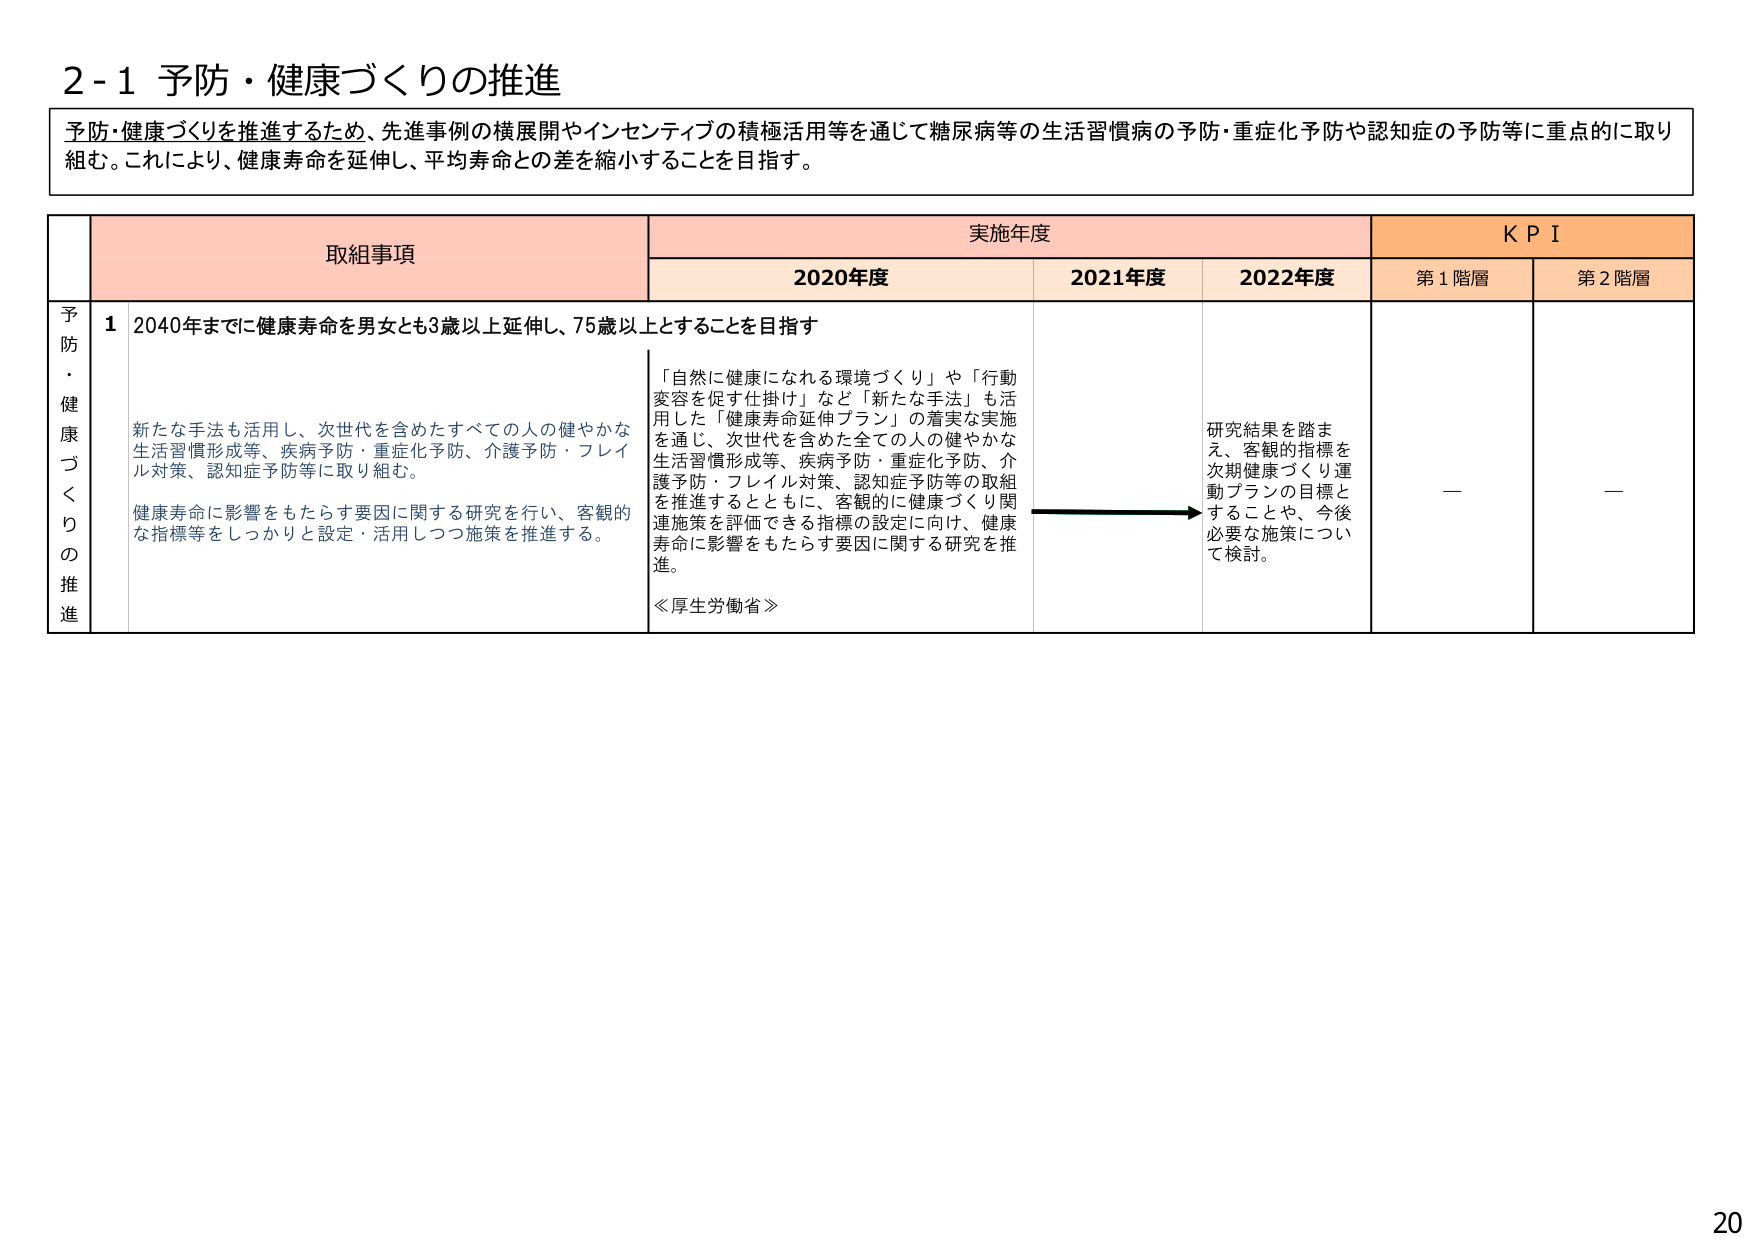
2-1 予防・健康づくりの推進

予防・健康づくりを推進するため、先進事例の横展開やインセンティブの積極活用等を通じて糖尿病等の生活習慣病の予防・重症化予防や認知症の予防等に重点的に取り組む。これにより、健康寿命を延伸し、平均寿命との差を縮小することを目指す。

取組事項 実施年度 KPI
2020年度 2021年度 2022年度 第1階層 第2階層

予防・健康づくりの推進
1 2040年までに健康寿命を男女とも3歳以上延伸し、75歳以上とすることを目指す

新たな手法も活用し、次世代を含めたすべての人の健やかな生活習慣形成等、疾病予防・重症化予防、介護予防・フレイル対策、認知症予防等に取り組む。

健康寿命に影響をもたらす要因に関する研究を行い、客観的な指標等をしっかり設定・活用しつつ施策を推進する。

「自然に健康になれる環境づくり」や「行動変容を促す仕掛け」など「新たな手法」も活用した「健康寿命延伸プラン」の着実な実施を通じ、次世代を含めた全ての人の健やかな生活習慣形成等、疾病予防・重症化予防、介護予防・フレイル対策、認知症予防等の取組を推進するとともに、客観的に健康づくり関連施策を評価できる指標の設定に向け、健康寿命に影響をもたらす要因に関する研究を推進。

≪厚生労働省≫

研究結果を踏まえ、客観的指標を次期健康づくり運動プランの目標とすることや、今後必要な施策について検討。

—

—

20